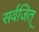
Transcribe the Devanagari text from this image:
सर्वजित्